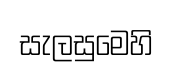
සැලසුමෙහි